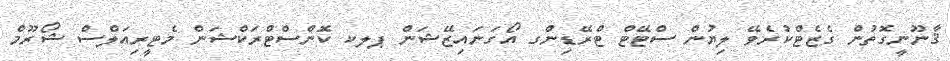
ޤާނޫނީގޮތުން ގެޒެޓްކުރެވޭ ލިޔުން ސްޓޭޓް ޓްރޭޑިންގ އޯގަނައިޒޭޝަން ޕލކ ކޮންސްޓްރަކްޝަން މެޓީރިއަލްސް ޝޯރޫމް